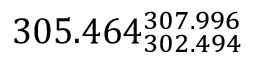
3 0 5 . 4 6 4 _ { 3 0 2 . 4 9 4 } ^ { 3 0 7 . 9 9 6 }